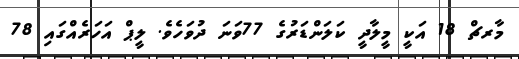
މާރޗް 18 އަކީ މީލާދީ ކަލަންޑަރުގެ 77ވަނަ ދުވަހެވެ. ލީޕް އަހަރެއްގައި 78